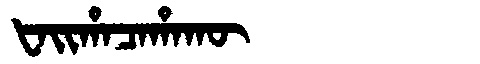
Manchu: ᡶᠠᡳᡥᠠᠴᠠᡥᠠᡴᡡ
Romanization: FAIHACAHAKŪ